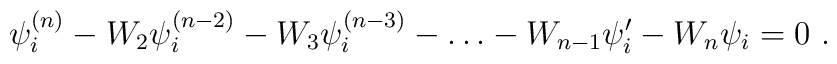
\psi _{i}^{(n)}-W_{2}\psi _{i}^{(n-2)}-W_{3}\psi _{i}^{(n-3)}-\dots -W_{n-1}\psi ^{\prime }_{i}-W_{n}\psi _{i}=0\, \, .